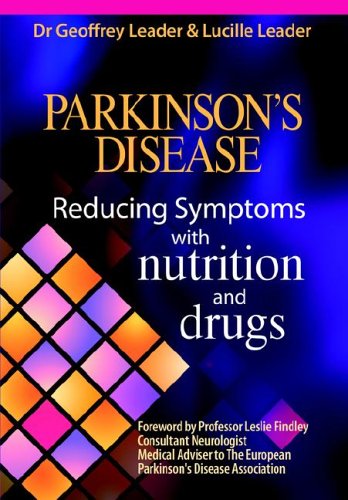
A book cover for Parkinson's Disease: Reducing Symptoms with Nutrition and Drugs; Geoff Leader; Health, Fitness & Dieting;